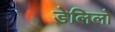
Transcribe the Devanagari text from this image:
डेलिलो